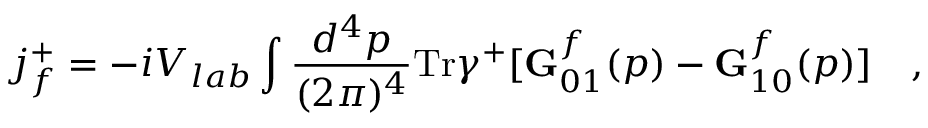
j _ { f } ^ { + } = - i V _ { l a b } \int { \frac { d ^ { 4 } p } { ( 2 \pi ) ^ { 4 } } } \mathrm { T r } \gamma ^ { + } [ { \bf G } _ { 0 1 } ^ { f } ( p ) - { \bf G } _ { 1 0 } ^ { f } ( p ) ] ~ ~ ~ ,